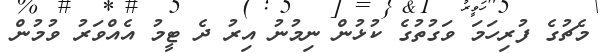
މެޗުގެ ފުރިހަމަ ވަގުތުގެ ކުޅުން ނިމުނު އިރު ދެ ޓީމު އެއްވަރު ވުމުން